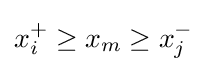
x_{i}^{+}\geq x_{m}\geq x_{j}^{-}